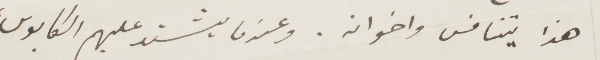
هذا يتنافس اخوانه. وعندما يشتد عليهم الكابوس،